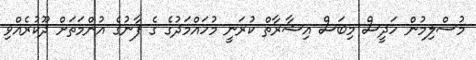
މުސްލިމުން ހަދީސް މިބަސް އިޝާރާތް ކުރަނީ މުހައްމަދުގެ ގެ ފާނުގެ އުންމަތަށް ދޫކުރެއްވި